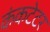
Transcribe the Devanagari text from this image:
कंकटेटर